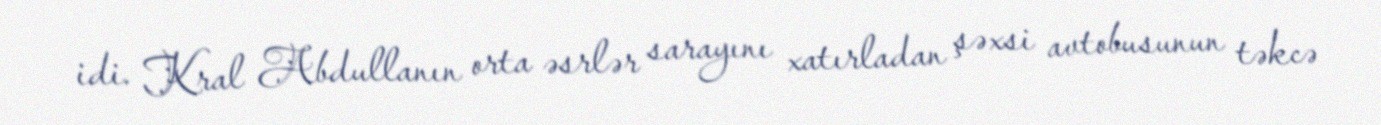
idi. Kral Abdullanın orta əsrlər sarayını xatırladan şəxsi avtobusunun təkcə